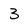
Character: 3